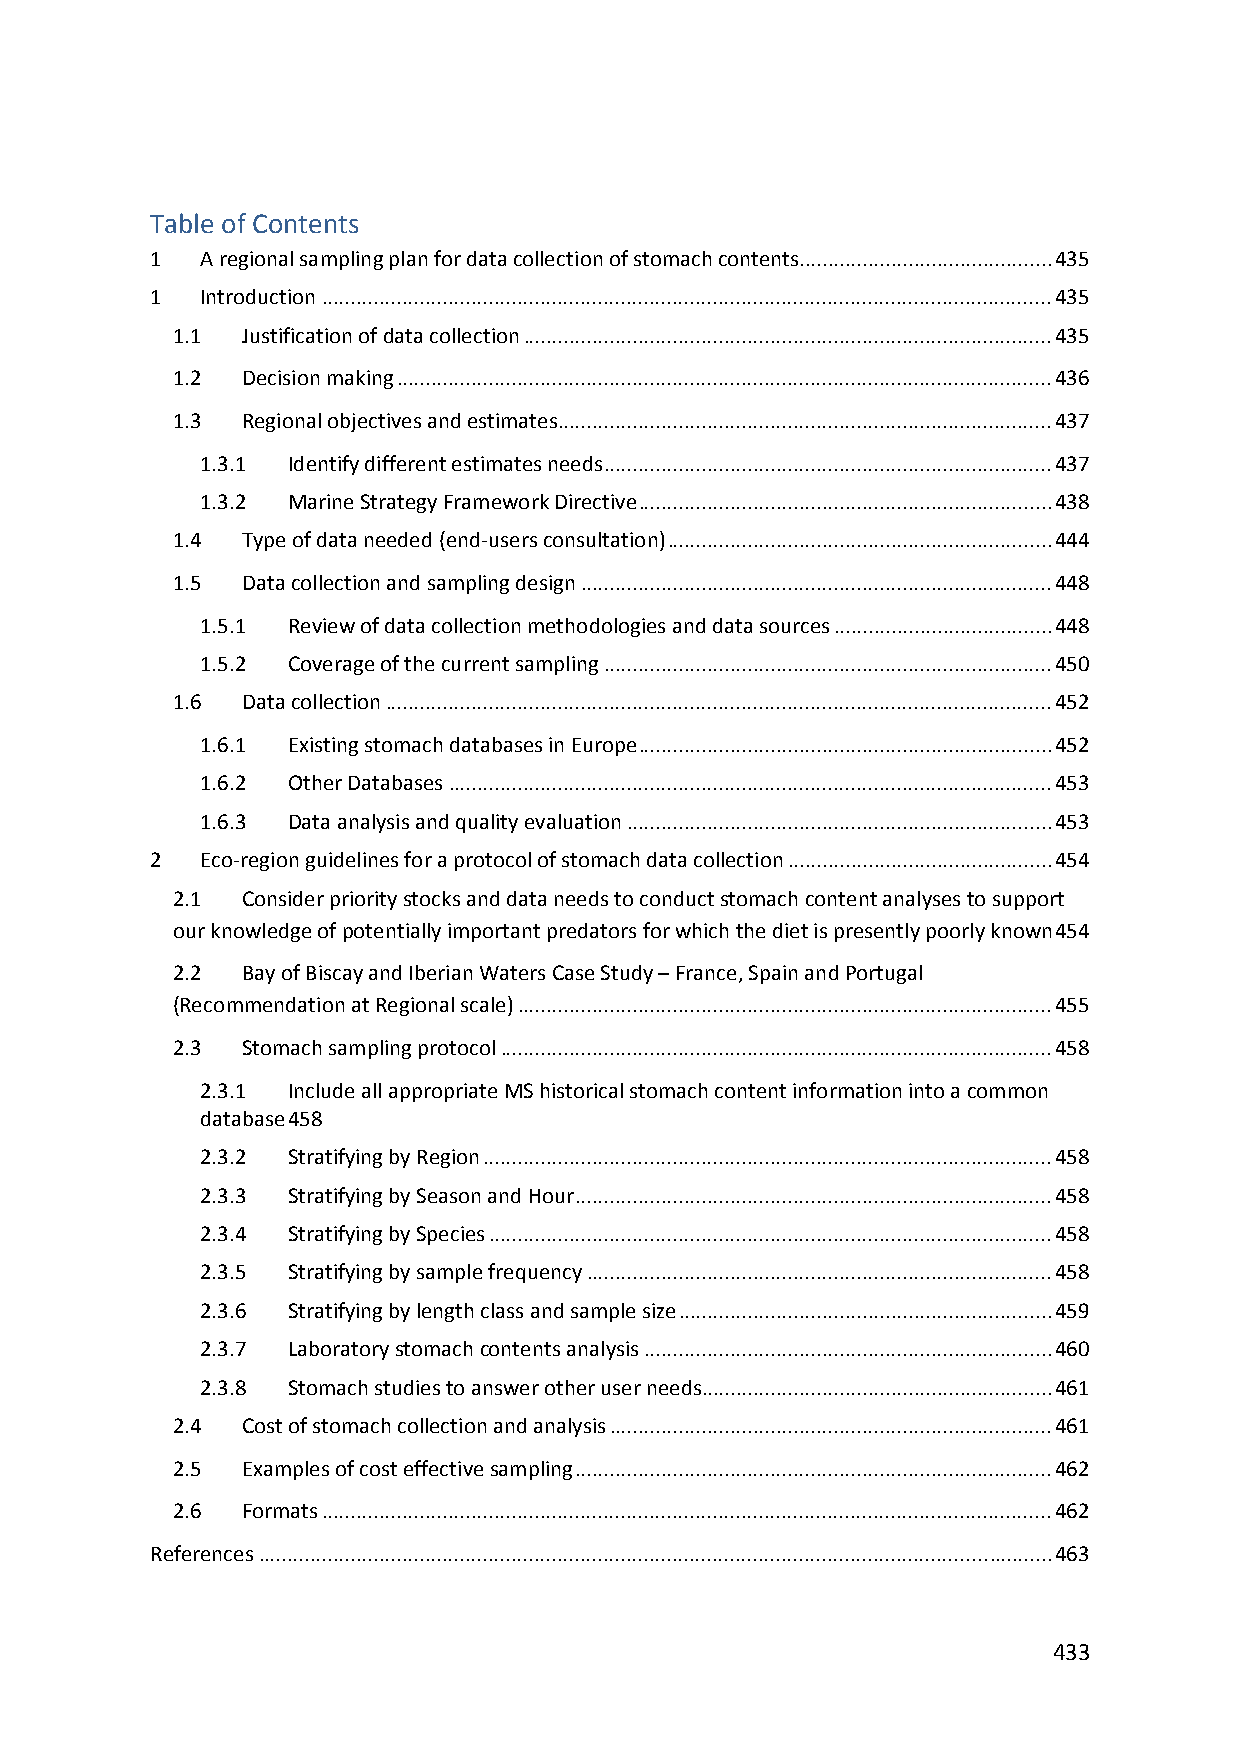
Table of Contents
 1  A regional sampling plan for data collection of stomach contents............................................ 435
 1  Introduction ............................................................................................................................... 435
 1.1  Justification of data collection ............................................................................................ 435
 1.2  Decision making .................................................................................................................. 436
 1.3  Regional objectives and estimates ...................................................................................... 437
 1.3.1 Identify different estimates needs .............................................................................. 437
 1.3.2 Marine Strategy Framework Directive ........................................................................ 438
 1.4  Type of data needed (end‐users consultation) ................................................................... 444
 1.5  Data collection and sampling design .................................................................................. 448
 1.5.1 Review of data collection methodologies and data sources ...................................... 448
 1.5.2 Coverage of the current sampling .............................................................................. 450
 1.6  Data collection .................................................................................................................... 452
 1.6.1 Existing stomach databases in Europe ........................................................................ 452
 1.6.2 Other Databases ......................................................................................................... 453
 1.6.3 Data analysis and quality evaluation .......................................................................... 453
 2  Eco‐region guidelines for a protocol of stomach data collection .............................................. 454
 2.1  Consider priority stocks and data needs to conduct stomach content analyses to support
 our knowledge of potentially important predators for which the diet is presently poorly known 454
 2.2  Bay of Biscay and Iberian Waters Case Study – France, Spain and Portugal
 (Recommendation at Regional scale) ............................................................................................. 455
 2.3  Stomach sampling protocol ................................................................................................ 458
 2.3.1 Include all appropriate MS historical stomach content information into a common
 database 458
 2.3.2 Stratifying by Region ................................................................................................... 458
 2.3.3 Stratifying by Season and Hour ................................................................................... 458
 2.3.4 Stratifying by Species .................................................................................................. 458
 2.3.5 Stratifying by sample frequency ................................................................................. 458
 2.3.6 Stratifying by length class and sample size ................................................................. 459
 2.3.7 Laboratory stomach contents analysis ....................................................................... 460
 2.3.8 Stomach studies to answer other user needs ............................................................. 461
 2.4  Cost of stomach collection and analysis ............................................................................. 461
 2.5  Examples of cost effective sampling ................................................................................... 462
 2.6  Formats ............................................................................................................................... 462
 References .......................................................................................................................................... 463
 433